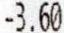
-3.60